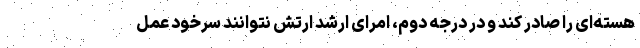
هسته‌ای را صادر کند و در درجه دوم، امرای ارشد ارتش نتوانند سرخود عمل